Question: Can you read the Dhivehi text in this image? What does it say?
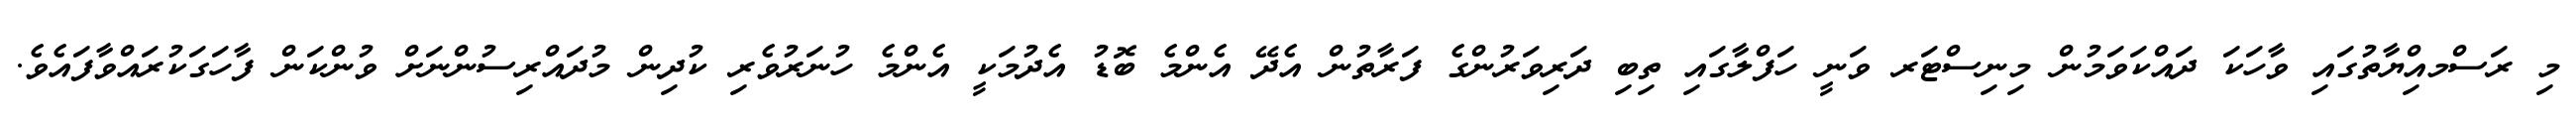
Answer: މި ރަސްމއިްޔާތުގައި ވާހަކަ ދައްކަވަމުން މިނިސްޓަރ ވަނީ ހަފްލާގައި ތިބި ދަރިވަރުންގެ ފަރާތުން އެދޭ އެންމެ ބޮޑު އެދުމަކީ އެންމެ ހުނަރުވެރި ކުދިން މުދައްރިސުންނަށް ވުންކަން ފާހަގަކުރައްވާފައެވެ.